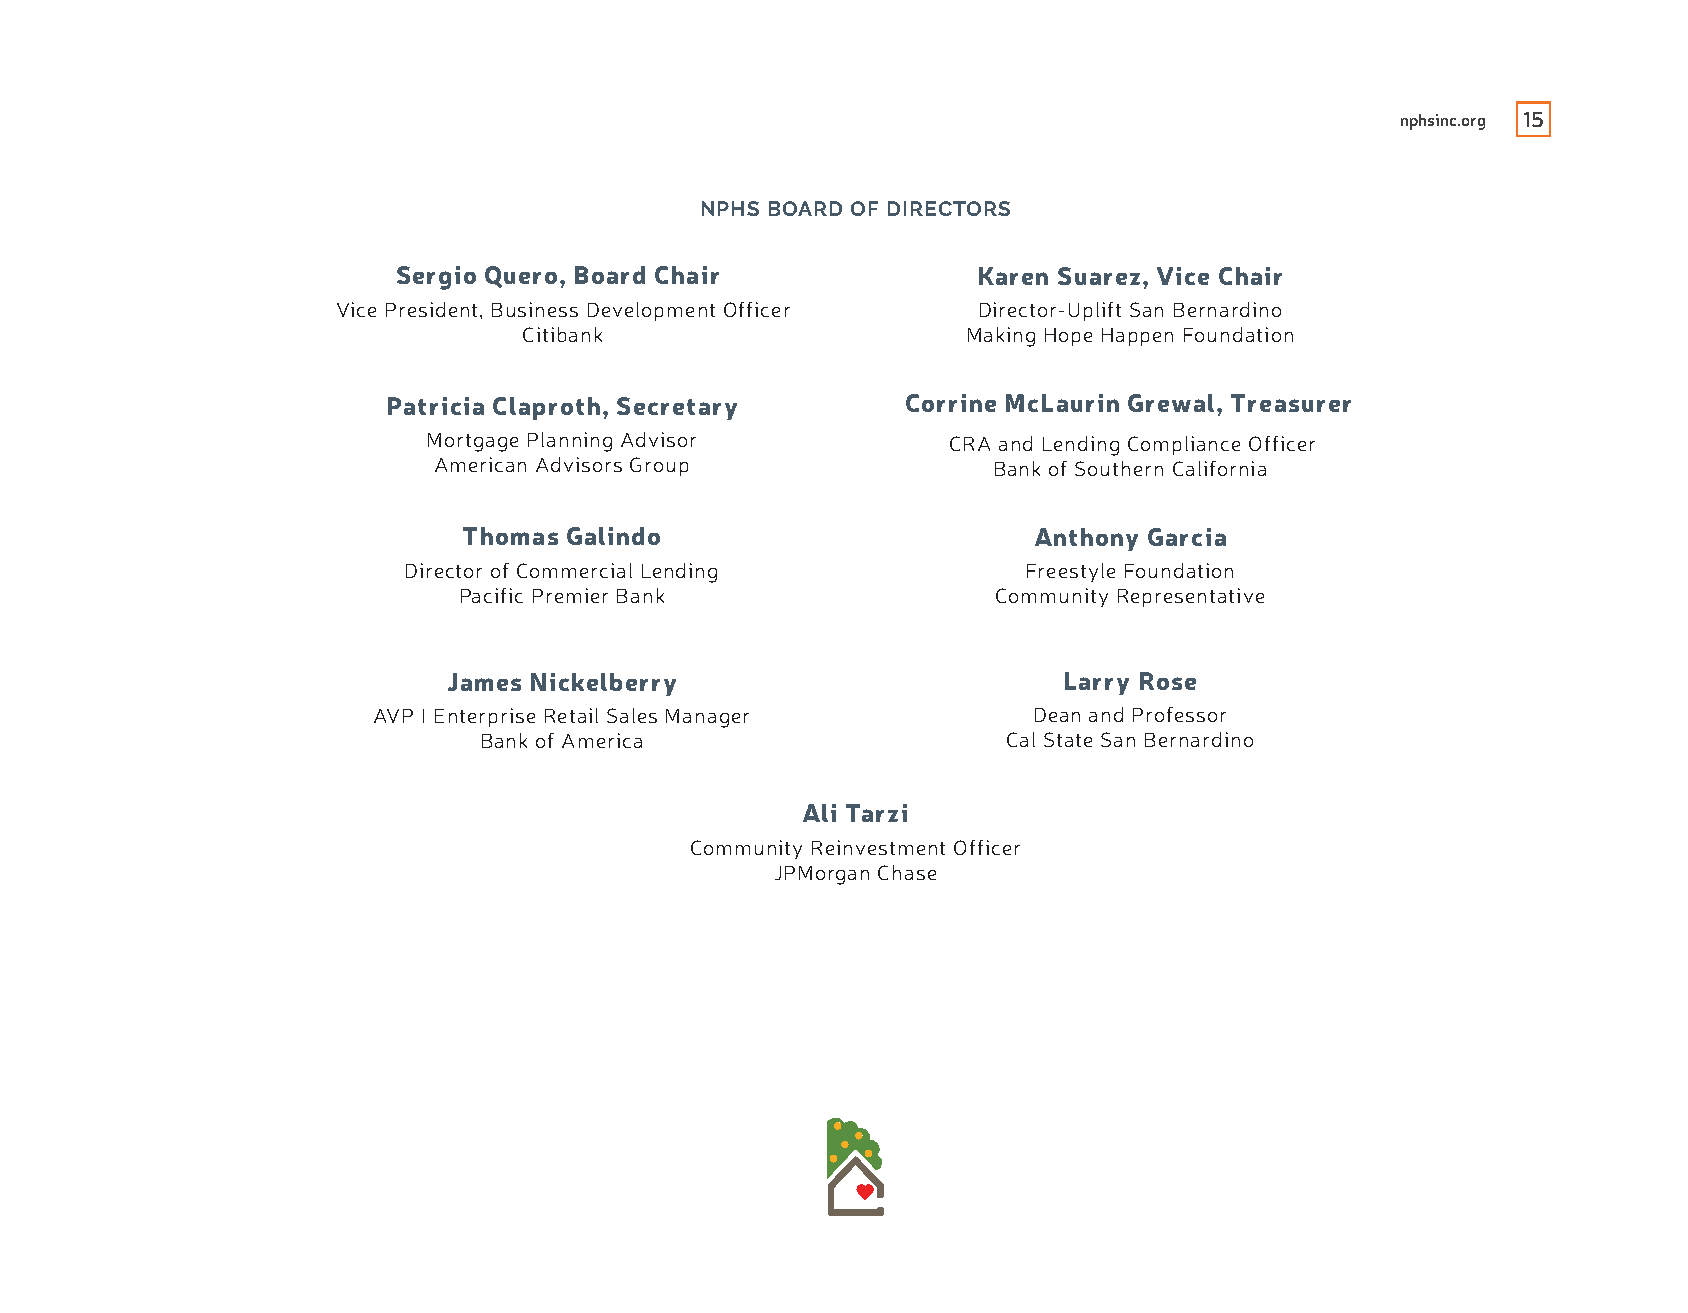
nphsinc.org 15
 NPHS BOARD OF DIRECTORS
 Sergio Quero, Board Chair              Karen Suarez, Vice Chair
 Vice President, Business Development Officer Director-Uplift San Bernardino
 Citibank                     Making Hope Happen Foundation
 Patricia Claproth, Secretary      Corrine McLaurin Grewal, Treasurer
 Mortgage Planning Advisor          CRA and Lending Compliance Officer
 American Advisors Group              Bank of Southern California
 Thomas Galindo                       Anthony Garcia
 Director of Commercial Lending           Freestyle Foundation
 Pacific Premier Bank                Community Representative
 James Nickelberry                       Larry Rose
 AVP I Enterprise Retail Sales Manager      Dean and Professor
 Bank of America                    Cal State San Bernardino
 Ali Tarzi
 Community Reinvestment Officer
 JPMorgan Chase